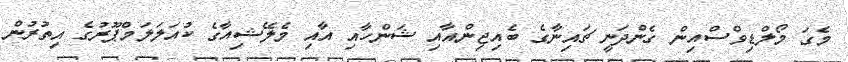
މެގަ މޯލްޑިވްސްއިން ގެންދަނީ ޗައިނާގެ ބެއިޖިންއާއި ޝަންހާއި އާއި މެލޭޝިއާގެ ކުއަލަލަމްޕޫރުގެ އިތުރުން